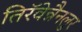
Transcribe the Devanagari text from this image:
तिरॅवेन्नैनलुर